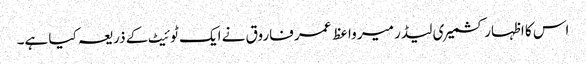
اس کا اظہار کشمیر ی لیڈر میر واعظ عمر فاروق نے ایک ٹوئیٹ کے ذریعہ کیا ہے۔